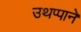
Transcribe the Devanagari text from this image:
उथप्पाने